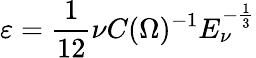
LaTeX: \varepsilon=\frac 1{12}\nu C(\Omega)^{-1}E_{\nu}^{-\frac 13}